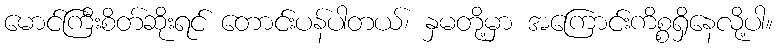
မောင်ကြီးစိတ်ဆိုးရင် တောင်းပန်ပါတယ်၊ နှမတို့မှာ အကြောင်းကိစ္စရှိနေလို့ပါ။